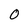
Character: O